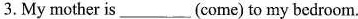
3.Mymother is___(come)to my bedroom.